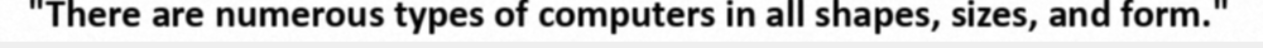
"There are numerous types of computers in all shapes, sizes, and form."